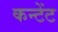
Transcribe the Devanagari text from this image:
कन्टेंट